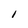
Character: 1